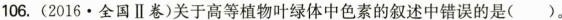
106.(2016.全国Ⅱ卷)关于高等植物叶绿体中色素的叙述中错误的是( )。